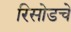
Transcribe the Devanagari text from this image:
रिसोडचे